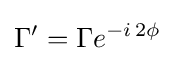
\Gamma '=\Gamma e^{-i\,2\phi }